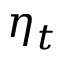
\eta _ { t }